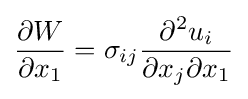
{\frac {\partial W}{\partial x_{1}}}=\sigma _{ij}{\frac {\partial ^{2}u_{i}}{\partial x_{j}\partial x_{1}}}